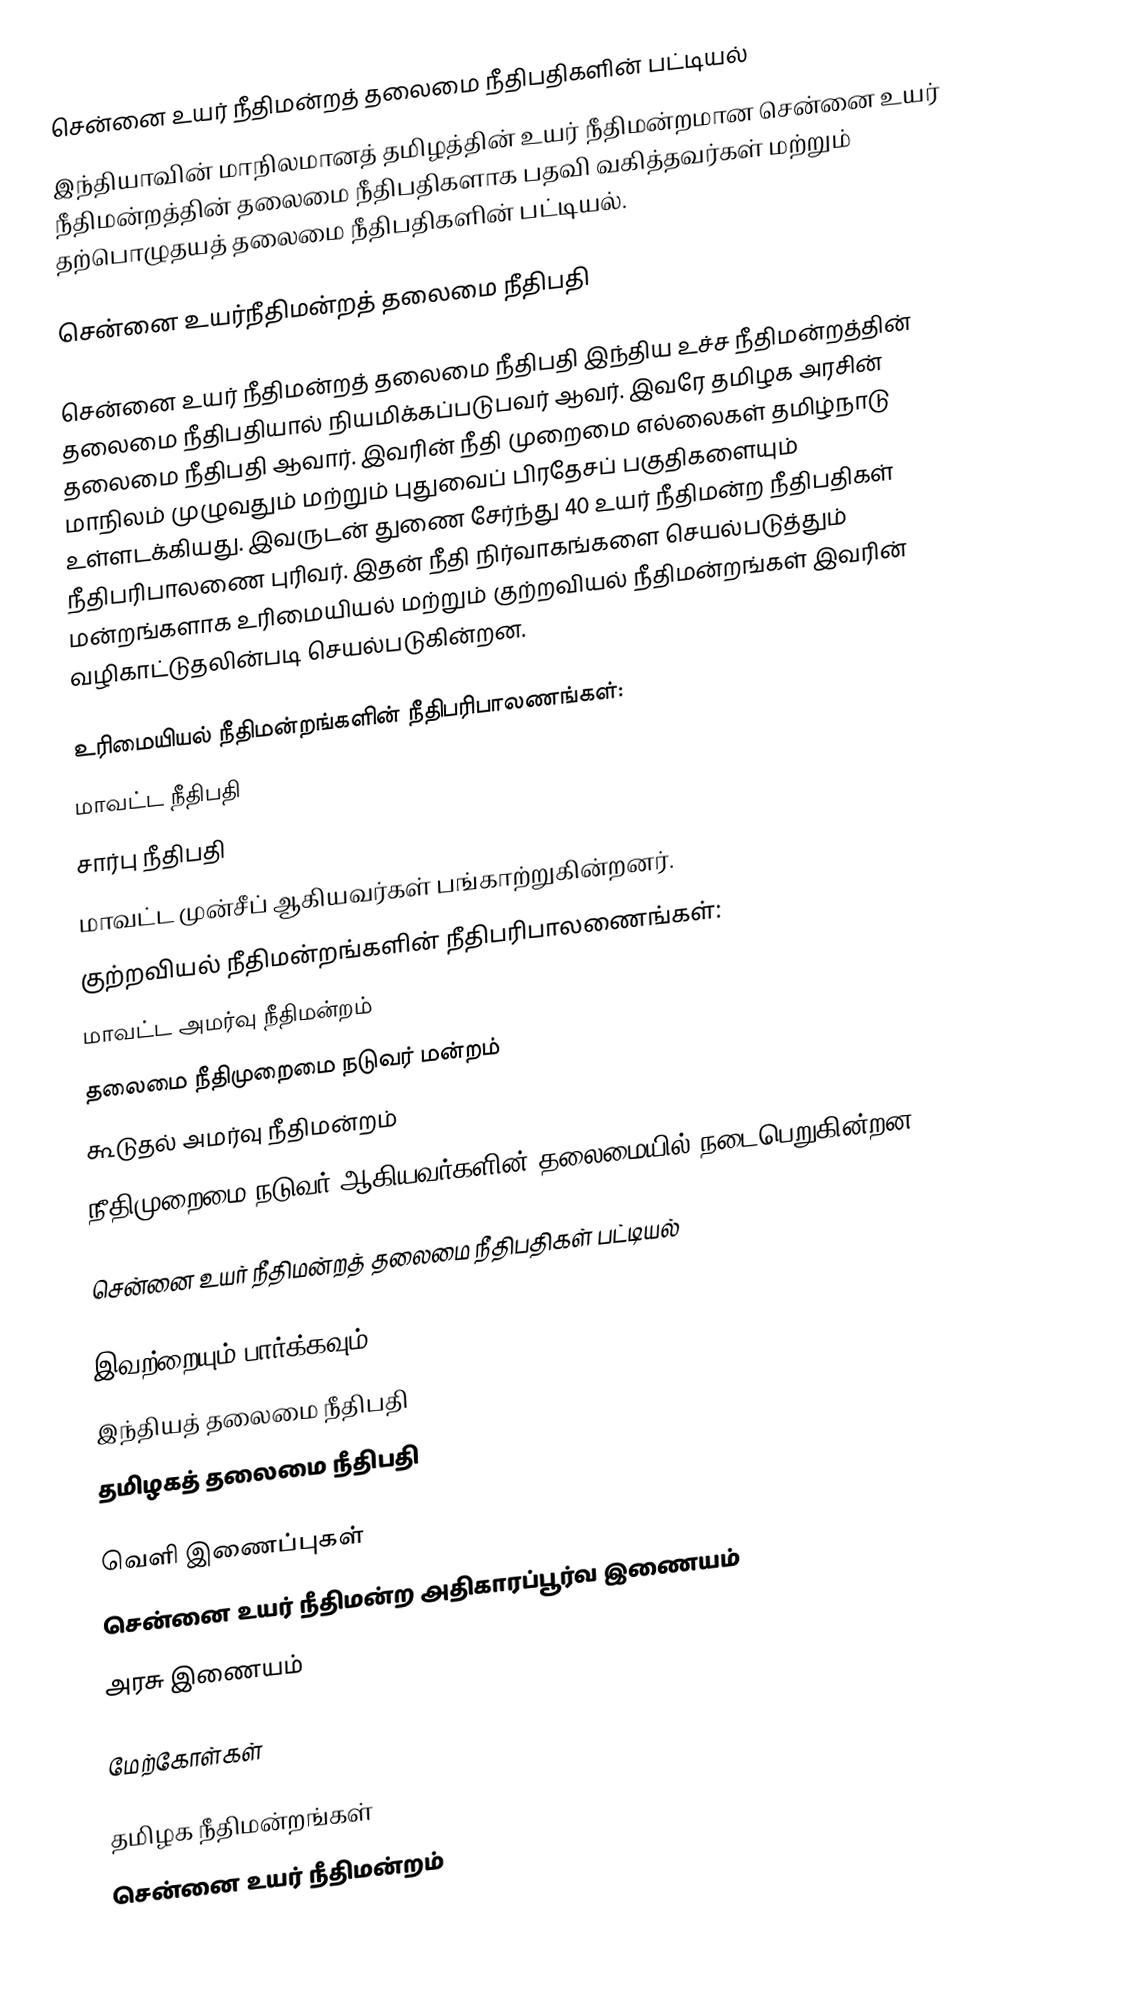
சென்னை உயர் நீதிமன்றத் தலைமை நீதிபதிகளின் பட்டியல்
இந்தியாவின் மாநிலமானத் தமிழத்தின் உயர் நீதிமன்றமான சென்னை உயர் நீதிமன்றத்தின் தலைமை நீதிபதிகளாக பதவி வகித்தவர்கள் மற்றும் தற்பொழுதயத் தலைமை நீதிபதிகளின் பட்டியல்.

சென்னை உயர்நீதிமன்றத் தலைமை நீதிபதி

சென்னை உயர் நீதிமன்றத் தலைமை நீதிபதி இந்திய உச்ச நீதிமன்றத்தின் தலைமை நீதிபதியால் நியமிக்கப்படுபவர் ஆவர். இவரே தமிழக அரசின் தலைமை நீதிபதி ஆவார். இவரின் நீதி முறைமை எல்லைகள் தமிழ்நாடு மாநிலம் முழுவதும் மற்றும் புதுவைப் பிரதேசப் பகுதிகளையும் உள்ளடக்கியது. இவருடன் துணை சேர்ந்து 40 உயர் நீதிமன்ற நீதிபதிகள் நீதிபரிபாலணை புரிவர். இதன் நீதி நிர்வாகங்களை செயல்படுத்தும் மன்றங்களாக உரிமையியல் மற்றும் குற்றவியல் நீதிமன்றங்கள் இவரின் வழிகாட்டுதலின்படி செயல்படுகின்றன.

உரிமையியல் நீதிமன்றங்களின் நீதிபரிபாலணங்கள்:
மாவட்ட நீதிபதி
சார்பு நீதிபதி
மாவட்ட முன்சீப் ஆகியவர்கள் பங்காற்றுகின்றனர்.
குற்றவியல் நீதிமன்றங்களின் நீதிபரிபாலணைங்கள்:
மாவட்ட அமர்வு நீதிமன்றம்
தலைமை நீதிமுறைமை நடுவர் மன்றம்
கூடுதல் அமர்வு நீதிமன்றம்
நீதிமுறைமை நடுவர் ஆகியவர்களின் தலைமையில் நடைபெறுகின்றன.

சென்னை உயர் நீதிமன்றத் தலைமை நீதிபதிகள் பட்டியல்

இவற்றையும் பார்க்கவும்
இந்தியத் தலைமை நீதிபதி
தமிழகத் தலைமை நீதிபதி

வெளி இணைப்புகள்
சென்னை உயர் நீதிமன்ற அதிகாரப்பூர்வ இணையம்
அரசு இணையம்

மேற்கோள்கள்

தமிழக நீதிமன்றங்கள்
சென்னை உயர் நீதிமன்றம்